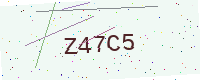
Text: Z47C5